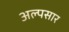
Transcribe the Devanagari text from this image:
अल्पसार